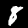
Digit: 8